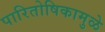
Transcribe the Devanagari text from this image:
पारितोषिकामुळे